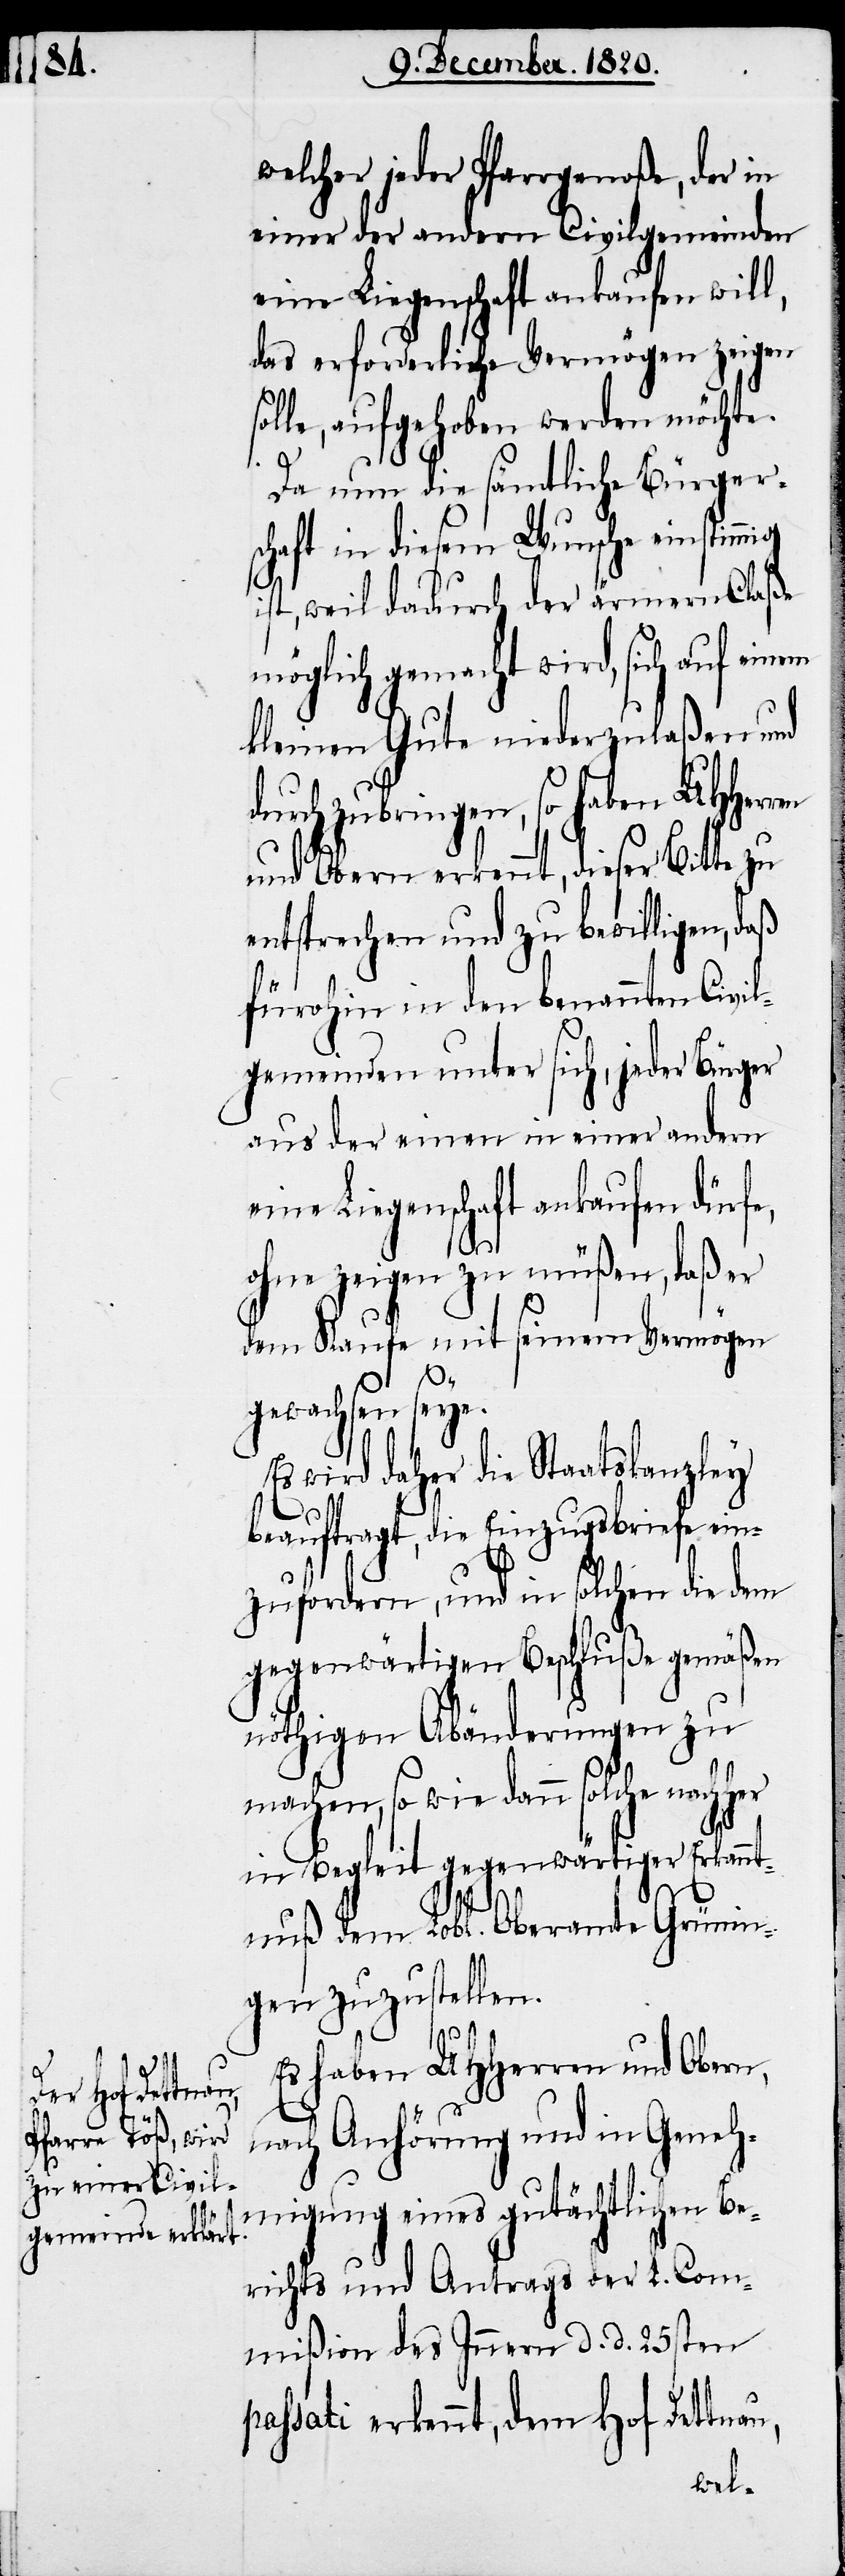
welcher jeder Pfarrgenoße, der in
einer der andern Civilgemeinden
eine Liegenschaft ankaufen will,
das erforderliche Vermögen zeigen
solle, aufgehoben werden möchte.
Da nun die sämtliche Bürger¬
schaft in diesem Wunsche einstimmig
ist, weil dadurch der ärmern Claße
möglich gemacht wird, sich auf ein¬
kleinen Gute niederzulaßen und
durch zu bringen, so haben UHHerr¬
und Obern erkennt, dieser Bitte zu
entsprechen und zu bewilligen, daß
fürohin in den benannten Civil¬
gemeinden unter sich, jeder Bürger
aus der einen in einer andern
eine Liegenschaft ankaufen dürfe,
ohne zeigen zu müßen, daß er
dem Kaufe mit seinem Vermögen
gewachsen seye.
Es wird daher die Staatskanzley
u,
beauftragt, die Einzugsbriefe ein¬
zufordern, und in solchen die dem
gegenwärtigen Beschluße gemäßen
nöthigen Abänderungen zu
machen, so wie dann solche
in Begleit gegenwärtiger Erkannt¬
nuß dem Lobl. Oberamte Grünin¬
gen zuzustellen.
Es haben UHherren und Obern,
nach Anhörung und in Geneh¬
migung eines gutächtlichen Be¬
richts und Antrags der L. Com¬
mißion des Innern d. d. 25sten
passati erkennt, dem Hof Dettna¬